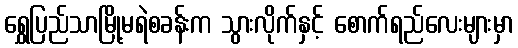
ရွှေပြည်သာမြို့မရဲစခန်းက သွားလိုက်နှင့် စောက်ရည်လေးများမှာ